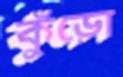
কুঁড়ো